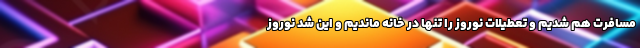
مسافرت هم شدیم و تعطیلات نوروز را تنها در خانه ماندیم و این شد نوروز